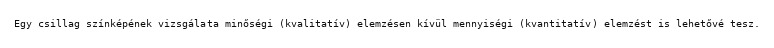
Egy csillag színképének vizsgálata minőségi (kvalitatív) elemzésen kívül mennyiségi (kvantitatív) elemzést is lehetővé tesz.